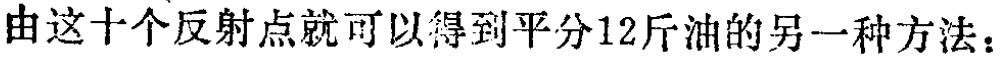
由这十个反射点就可以得到平分12斤油的另一种方法：